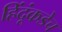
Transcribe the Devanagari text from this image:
हिंदूंकडेच